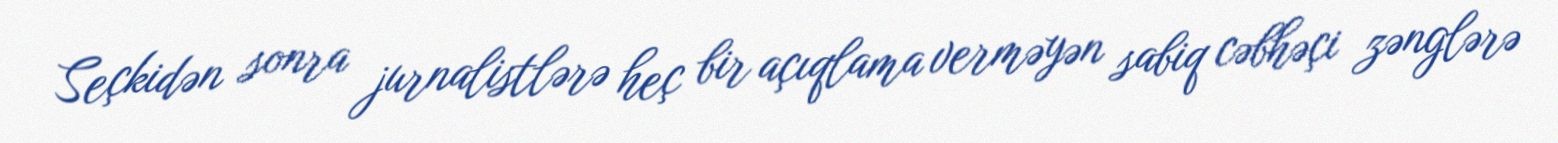
Seçkidən sonra jurnalistlərə heç bir açıqlama verməyən sabiq cəbhəçi zənglərə